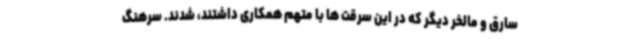
سارق و مالخر دیگر که در این سرقت ها با متهم همکاری داشتند، شدند. سرهنگ